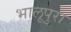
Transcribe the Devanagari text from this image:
भालूपुरा